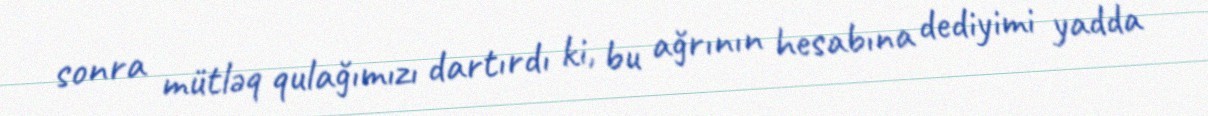
sonra mütləq qulağımızı dartırdı ki, bu ağrının hesabına dediyimi yadda